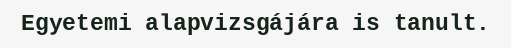
Egyetemi alapvizsgájára is tanult.